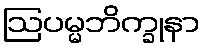
ဩပမ္မဘိက္ခုနာ